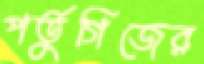
পর্তুগিজের